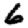
Digit: 6